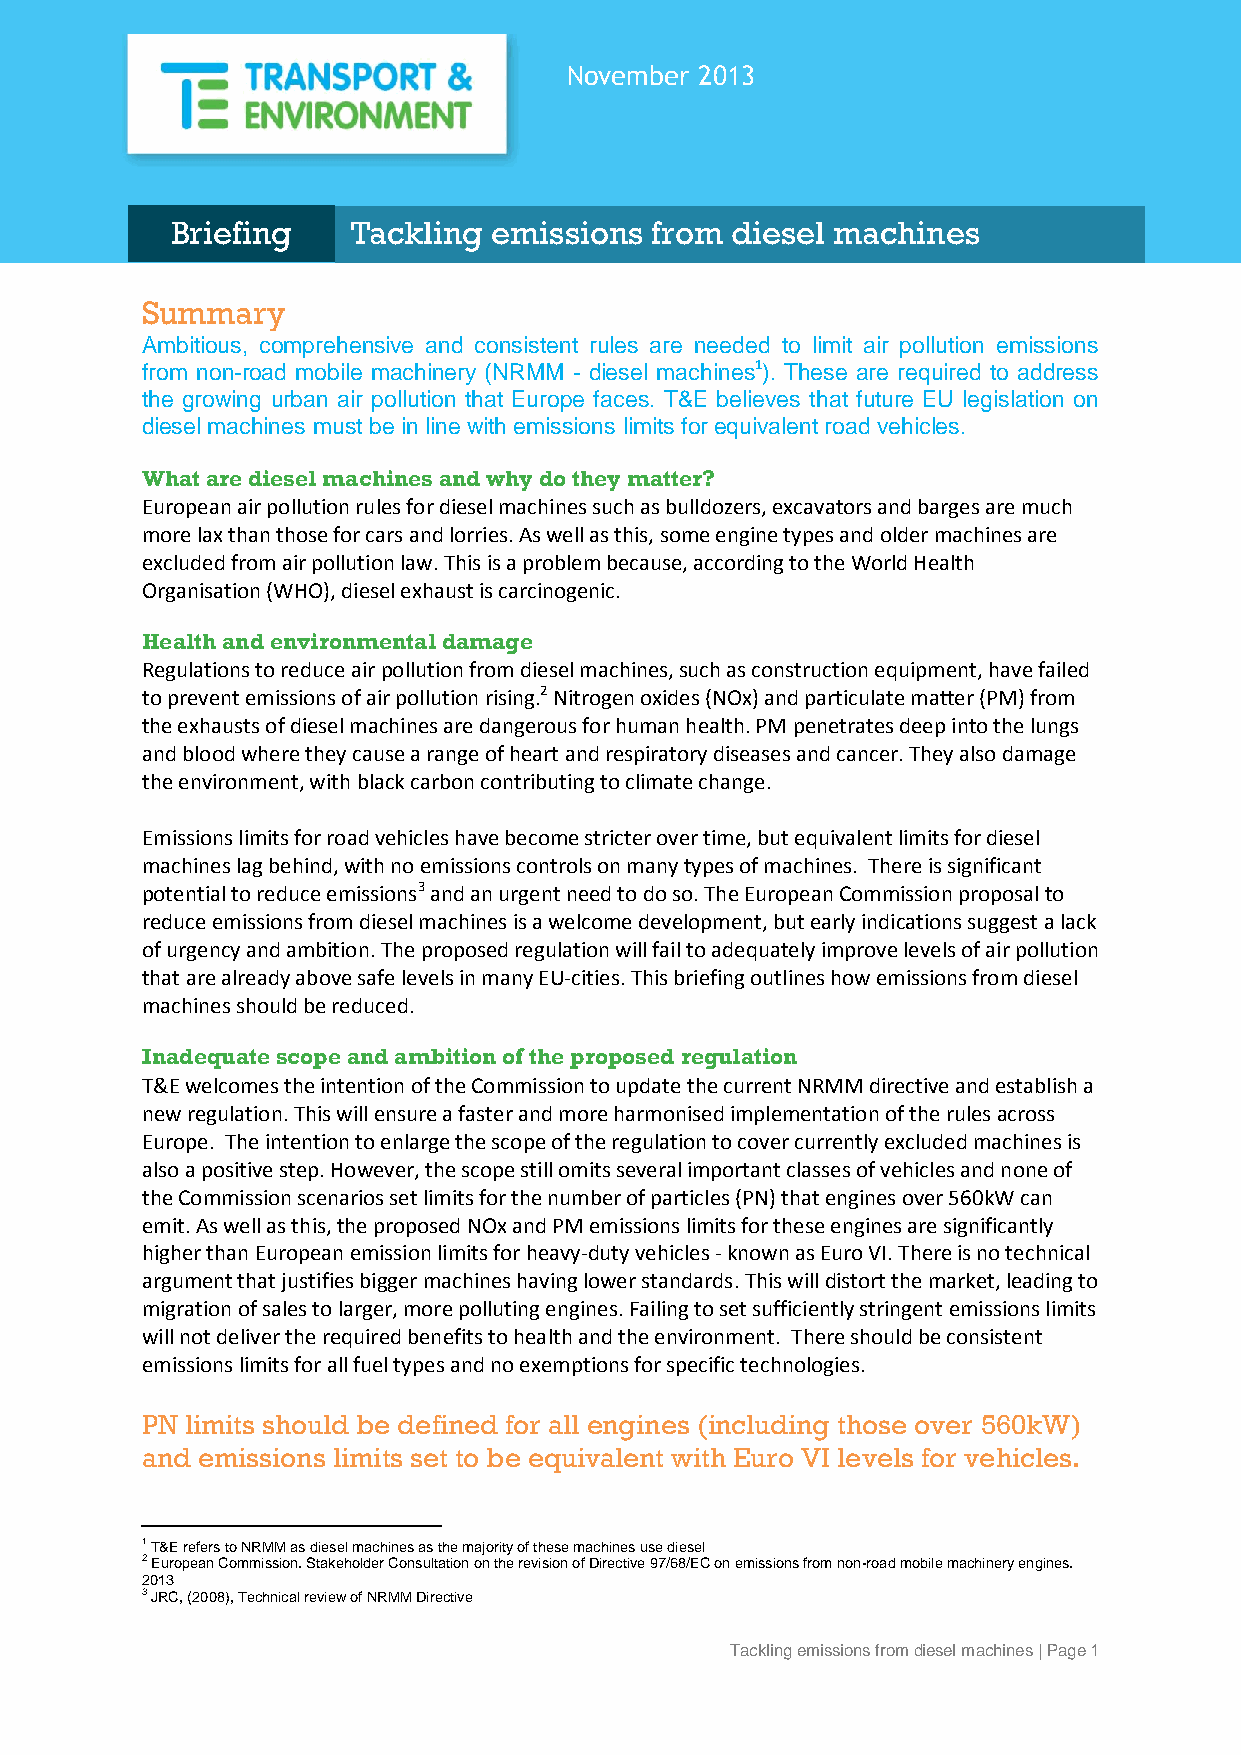
November 2013
 Briefing    Tackling  emissions from diesel machines
 Summary
 Ambitious, comprehensive and consistent rules are needed to limit air pollution emissions
 from non-road mobile machinery (NRMM - diesel machines1). These are required to address
 the growing urban air pollution that Europe faces. T&E believes that future EU legislation on
 diesel machines must be in line with emissions limits for equivalent road vehicles.
 What are diesel machines and why do they matter?
 European air pollution rules for diesel machines such as bulldozers, excavators and barges are much
 more lax than those for cars and lorries. As well as this, some engine types and older machines are
 excluded from air pollution law. This is a problem because, according to the World Health
 Organisation (WHO), diesel exhaust is carcinogenic.
 Health and environmental damage
 Regulations to reduce air pollution from diesel machines, such as construction equipment, have failed
 to prevent emissions of air pollution rising.2 Nitrogen oxides (NOx) and particulate matter (PM) from
 the exhausts of diesel machines are dangerous for human health. PM penetrates deep into the lungs
 and blood where they cause a range of heart and respiratory diseases and cancer. They also damage
 the environment, with black carbon contributing to climate change.
 Emissions limits for road vehicles have become stricter over time, but equivalent limits for diesel
 machines lag behind, with no emissions controls on many types of machines. There is significant
 potential to reduce emissions3 and an urgent need to do so. The European Commission proposal to
 reduce emissions from diesel machines is a welcome development, but early indications suggest a lack
 of urgency and ambition. The proposed regulation will fail to adequately improve levels of air pollution
 that are already above safe levels in many EU-cities. This briefing outlines how emissions from diesel
 machines should be reduced.
 Inadequate scope and ambition of the proposed regulation
 T&E welcomes the intention of the Commission to update the current NRMM directive and establish a
 new regulation. This will ensure a faster and more harmonised implementation of the rules across
 Europe. The intention to enlarge the scope of the regulation to cover currently excluded machines is
 also a positive step. However, the scope still omits several important classes of vehicles and none of
 the Commission scenarios set limits for the number of particles (PN) that engines over 560kW can
 emit. As well as this, the proposed NOx and PM emissions limits for these engines are significantly
 higher than European emission limits for heavy-duty vehicles - known as Euro VI. There is no technical
 argument that justifies bigger machines having lower standards. This will distort the market, leading to
 migration of sales to larger, more polluting engines. Failing to set sufficiently stringent emissions limits
 will not deliver the required benefits to health and the environment. There should be consistent
 emissions limits for all fuel types and no exemptions for specific technologies.
 PN limits should be defined for all engines (including those over 560kW)
 and emissions limits set to be equivalent with Euro VI levels for vehicles.
 1 T&E refers to NRMM as diesel machines as the majority of these machines use diesel
 2 European Commission. Stakeholder Consultation on the revision of Directive 97/68/EC on emissions from non-road mobile machinery engines.
 2013
 3 JRC, (2008), Technical review of NRMM Directive
 Tackling emissions from diesel machines | Page 1